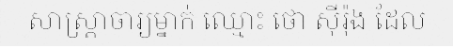
សាស្ត្រាចារ្យម្នាក់ ឈ្មោះ ថោ ស៊ីរ៉ុង ដែល